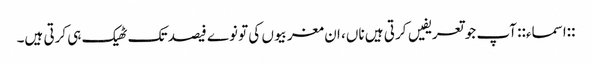
::اسماء:: آپ جو تعریفیں کرتی ہیں ناں، ان مغربیوں کی تو نوے فیصد تک ٹھیک ہی کرتی ہیں۔